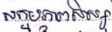
សកម្មភាពសិស្ស